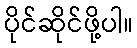
ပိုင်ဆိုင်ဖို့ပါ။